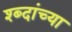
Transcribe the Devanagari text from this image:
श्ब्दांच्या